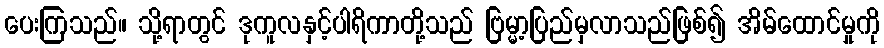
ပေးကြသည်။ သို့ရာတွင် ဒုကူလနှင့်ပါရိကာတို့သည် ဗြမ္မာ့ပြည်မှလာသည်ဖြစ်၍ အိမ်ထောင်မှုကို